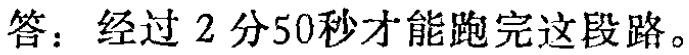
答：经过 2 分50秒才能跑完这段路。